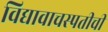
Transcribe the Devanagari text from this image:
विद्यावाचस्पतीची